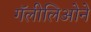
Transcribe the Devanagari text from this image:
गॅलीलिओने